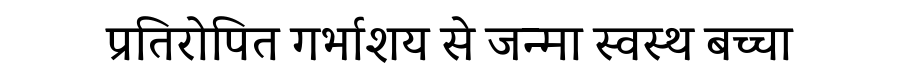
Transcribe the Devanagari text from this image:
प्रतिरोपित गर्भाशय से जन्मा स्वस्थ बच्चा